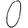
Digit: 0